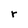
Character: r